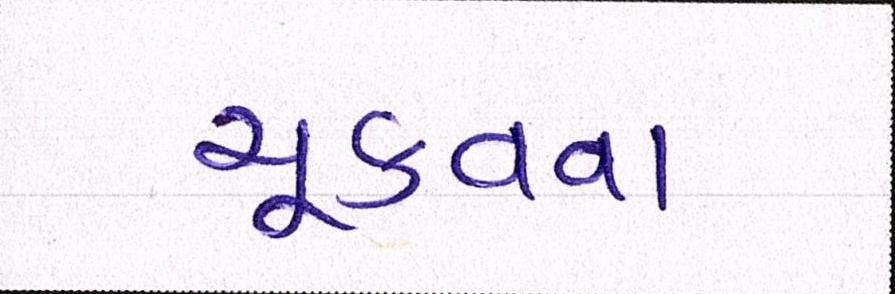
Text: ચૂકવવા